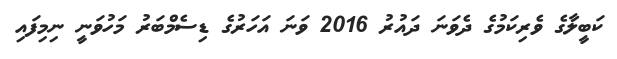
ކަބީލާގެ ވެރިކަމުގެ ދެވަނަ ދައުރު 2016 ވަނަ އަހަރުގެ ޑިސެމްބަރު މަހުވަނީ ނިމިފައި